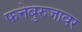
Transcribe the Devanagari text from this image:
फत्तेबुरुजावर